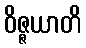
ဝိဇ္ဇယာတိ